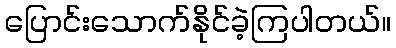
ပြောင်းသောက်နိုင်ခဲ့ကြပါတယ်။